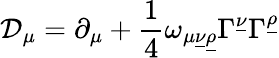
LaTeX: {\cal D}_{\mu}=\partial_{\mu}+{\frac{1}{4}}\omega_{\mu\underline{{{\nu}}}\underline{{{\rho}}}}\Gamma^{\underline{{{\nu}}}}\Gamma^{\underline{{{\rho}}}}